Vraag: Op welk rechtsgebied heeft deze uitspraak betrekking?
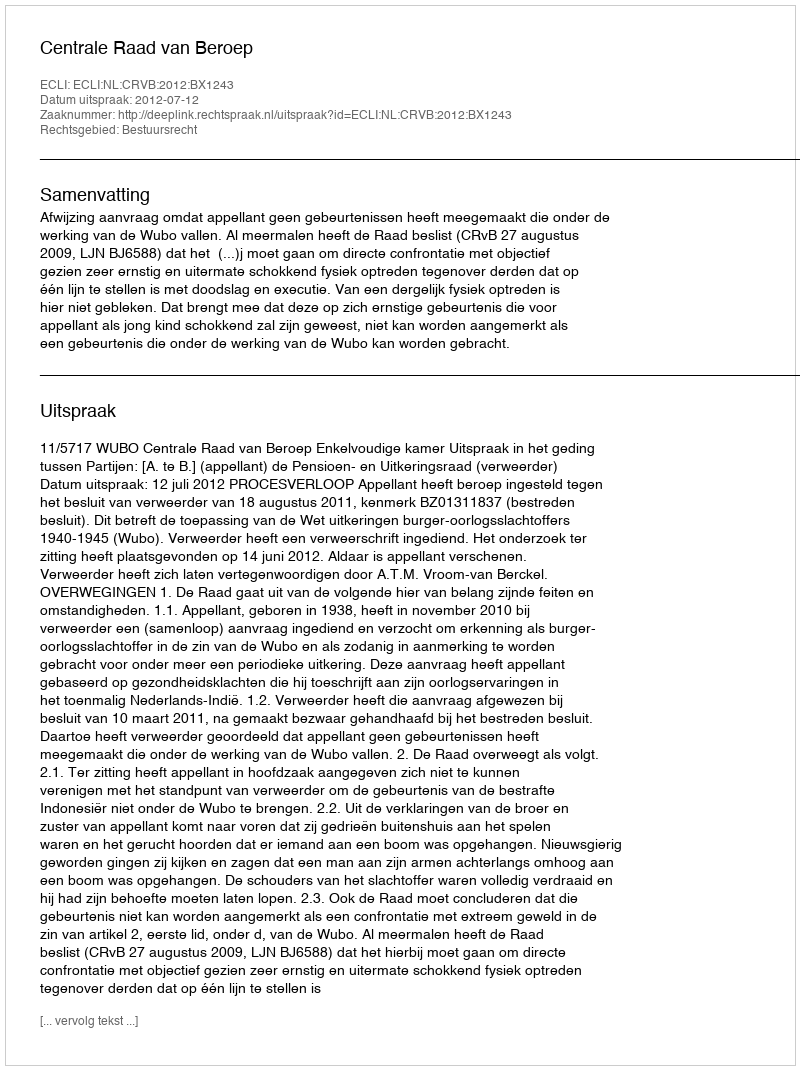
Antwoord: Bestuursrecht